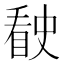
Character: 𰥶